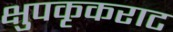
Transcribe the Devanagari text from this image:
क्षुपकृकराट